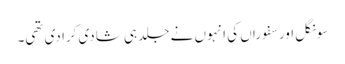
سونگل اور سفوراں کی انہوں نے جلد ہی شادی کرا دی تھی۔